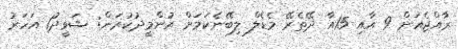
ރާއްޖެއަށް 9 އާއި 15އާ ދޭތެރޭ މެޑެލް ލިބޭނެކަމަށް އުންމީދުކުރަން: ޝަވީދު1 އަހަރު